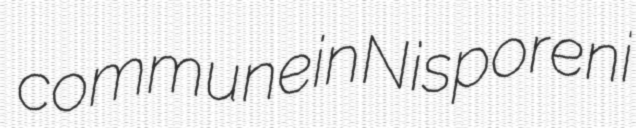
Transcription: commune in Nisporeni